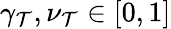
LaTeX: \gamma_{\mathcal{T}},\nu_{\mathcal{T}}\in[0,1]